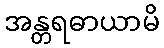
အန္တရဓာယာမိ